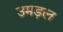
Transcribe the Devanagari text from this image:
उमड़ल